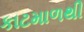
કાટમાળથી